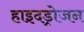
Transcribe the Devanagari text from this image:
हाइदड्रोजन